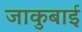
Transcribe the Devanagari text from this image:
जाकुबाई